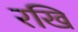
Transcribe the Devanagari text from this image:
रखि